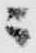
ニ